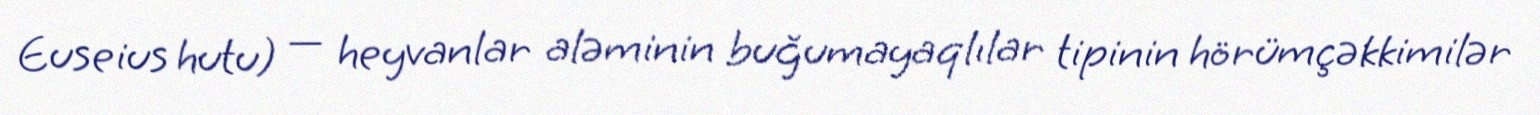
Euseius hutu) — heyvanlar aləminin buğumayaqlılar tipinin hörümçəkkimilər